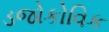
ડજોકોવિક